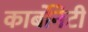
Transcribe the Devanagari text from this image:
कार्बोनेटी